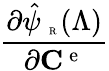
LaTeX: \frac{\partial\hat{\psi}_{\mathrm{~\tiny~R~}}(\Lambda)}{\partial{{\mathbf C}^{\mathrm{~e~}}}}